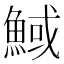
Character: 䱛